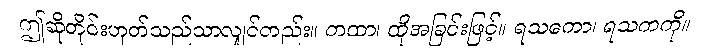
ဤဆိုတိုင်းဟုတ်သည်သာလျှင်တည်း။ တထာ၊ ထိုအခြင်းဖြင့်။ ရသကော၊ ရသကကို။